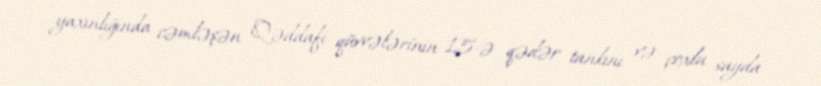
yaxınlığında cəmləşən Qəddafi qüvvələrinin 15-ə qədər tankını və çoxlu sayda